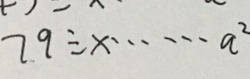
7 9 \div x \cdots a ^ { 2 }